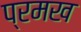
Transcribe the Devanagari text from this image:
प्रमख